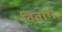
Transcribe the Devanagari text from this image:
विवाग